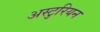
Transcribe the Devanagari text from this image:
अस्टुरियन